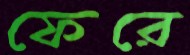
ফেরে